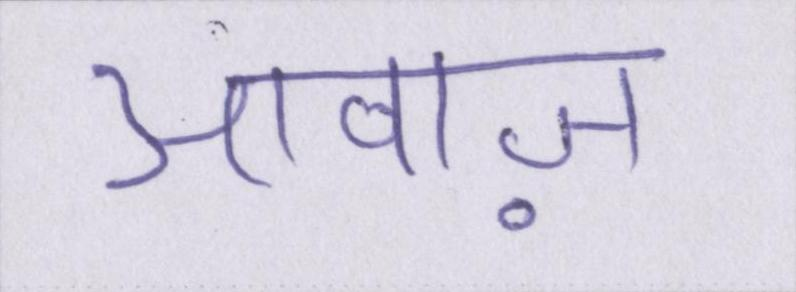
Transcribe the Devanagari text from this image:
आवाज़